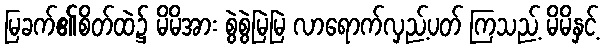
မြခက်၏စိတ်ထဲ၌ မိမိအား စွဲစွဲမြဲမြဲ လာရောက်လှည့်ပတ် ကြသည့် မိမိနှင့်